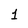
Character: 1